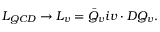
{ \cal L } _ { Q C D } \rightarrow { \cal L } _ { v } = \bar { Q } _ { v } i v \cdot D Q _ { v } .